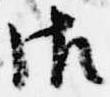
御